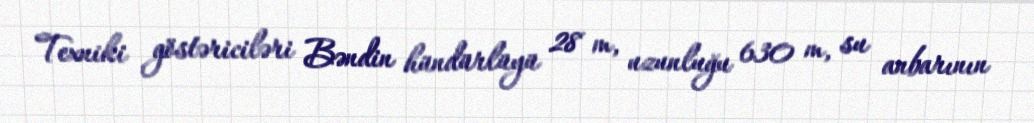
Texniki göstəriciləri Bəndin hündürlüyü 28 m, uzunluğu 630 m, su anbarının